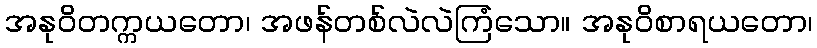
အနုဝိတက္ကယတော၊ အဖန်တစ်လဲလဲကြံသော။ အနုဝိစာရယတော၊